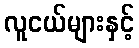
လူငယ်များနှင့်